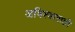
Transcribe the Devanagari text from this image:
अविश्वासही